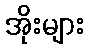
အိုးများ